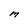
Character: M